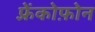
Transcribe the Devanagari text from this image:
फ़्रेंकोफ़ोन